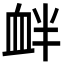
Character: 衅